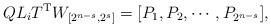
LaTeX: \begin{align*}QL_iT^{\mathrm{T}}W_{[2^{n-s},2^s]}=[P_1, P_2, \cdots, P_{2^{n-s}}],\end{align*}